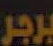
برجر